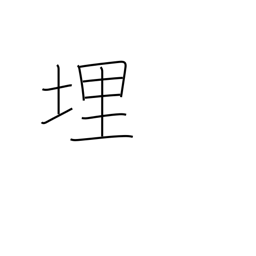
Meaning: embedded